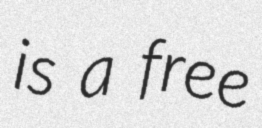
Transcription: is a free